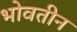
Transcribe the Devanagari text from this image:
भोवतीन